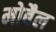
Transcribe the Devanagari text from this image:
मोबैल